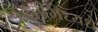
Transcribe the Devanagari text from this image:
पद्धतीमध्यधे